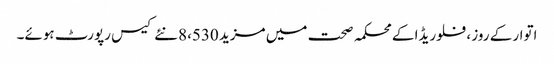
اتوار کے روز ، فلوریڈا کے محکمہ صحت میں مزید 8،530 نئے کیس رپورٹ ہوئے۔